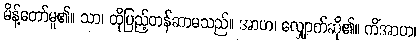
မိန့်တော်မူ၏။ သာ၊ ထိုပြည့်တန်ဆာမသည်။ အာဟ၊ လျှောက်ဆို၏။ ကိံအာဟ၊